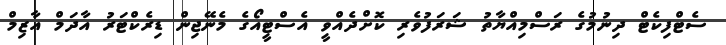
ސެޓްފިކެޓް ދިނުމުގެ ރަސްމިއްޔާތު ޝަރަފުވެރި ކޮށްދެއްވީ އެސްޓީއޯގެ މެނޭޖިން ޑިރެކްޓަރު އާދަމް އާޒިމް